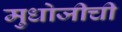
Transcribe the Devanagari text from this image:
मुधोजीची